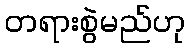
တရားစွဲမည်ဟု